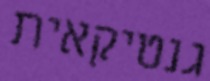
גנטיקאית